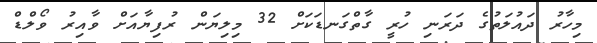
މިހާރު ދައުލަތުގެ ދަރަނި ހުރީ ގާތްގަނޑަކަށް 32 މިލިޔަން ރުފިޔާއަށް ވާއިރު ވޯލްޑް